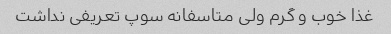
غذا خوب و گرم ولی متاسفانه سوپ تعریفی نداشت